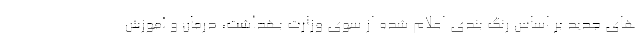
های جدید بر اساس رنگ بندی اعلام شده از سوی وزارت بهداشت، درمان و آموزش